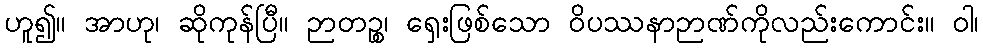
ဟူ၍။ အာဟု၊ ဆိုကုန်ပြီ။ ဉာတဉ္စ၊ ရှေးဖြစ်သော ဝိပဿနာဉာဏ်ကိုလည်းကောင်း။ ဝါ၊